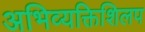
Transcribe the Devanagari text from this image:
अभिव्यक्तिशिलप